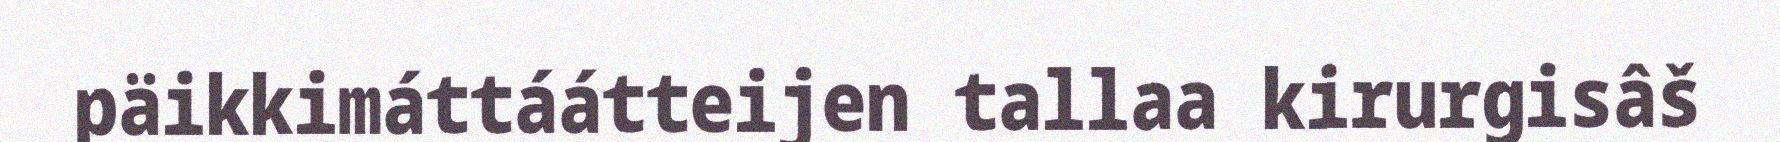
päikkimáttáátteijen tallaa kirurgisâš